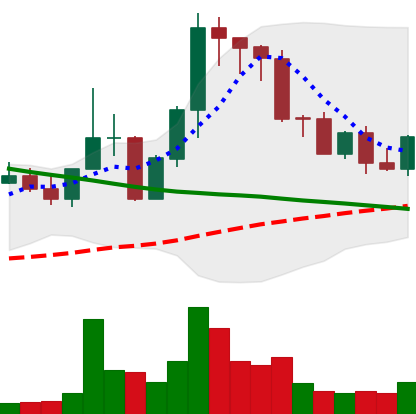
Ticker: EOS-USD
Chart end date: 2022-09-01
Forward return: -5.753%
Label: down_5_7